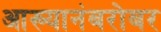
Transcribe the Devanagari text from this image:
आख्यानंबरोबर